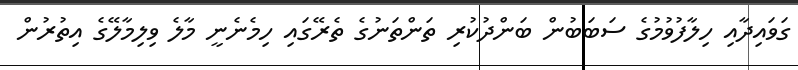
ގަވައިދާއި ހިލާފުވުމުގެ ސަބަބުން ބަންދުކުރި ތަންތަނުގެ ތެރޭގައި ހިމެނެނީ މާލެ ވިލިމާލޭގެ އިތުރުން